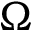
\Omega